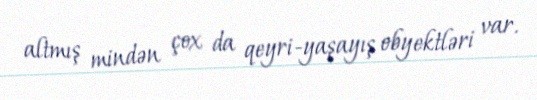
altmış mindən çox da qeyri-yaşayış obyektləri var.